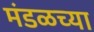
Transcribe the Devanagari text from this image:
मंडळच्या